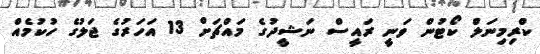
ކްރިމިނަލް ކޯޓުން ވަނީ ރައީސް ނަޝީދުގެ މައްޗަށް 13 އަހަރުގެ ޖަލުގެ ހުކުމެއް